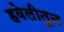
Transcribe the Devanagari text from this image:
हवेलीतून